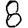
Digit: 8